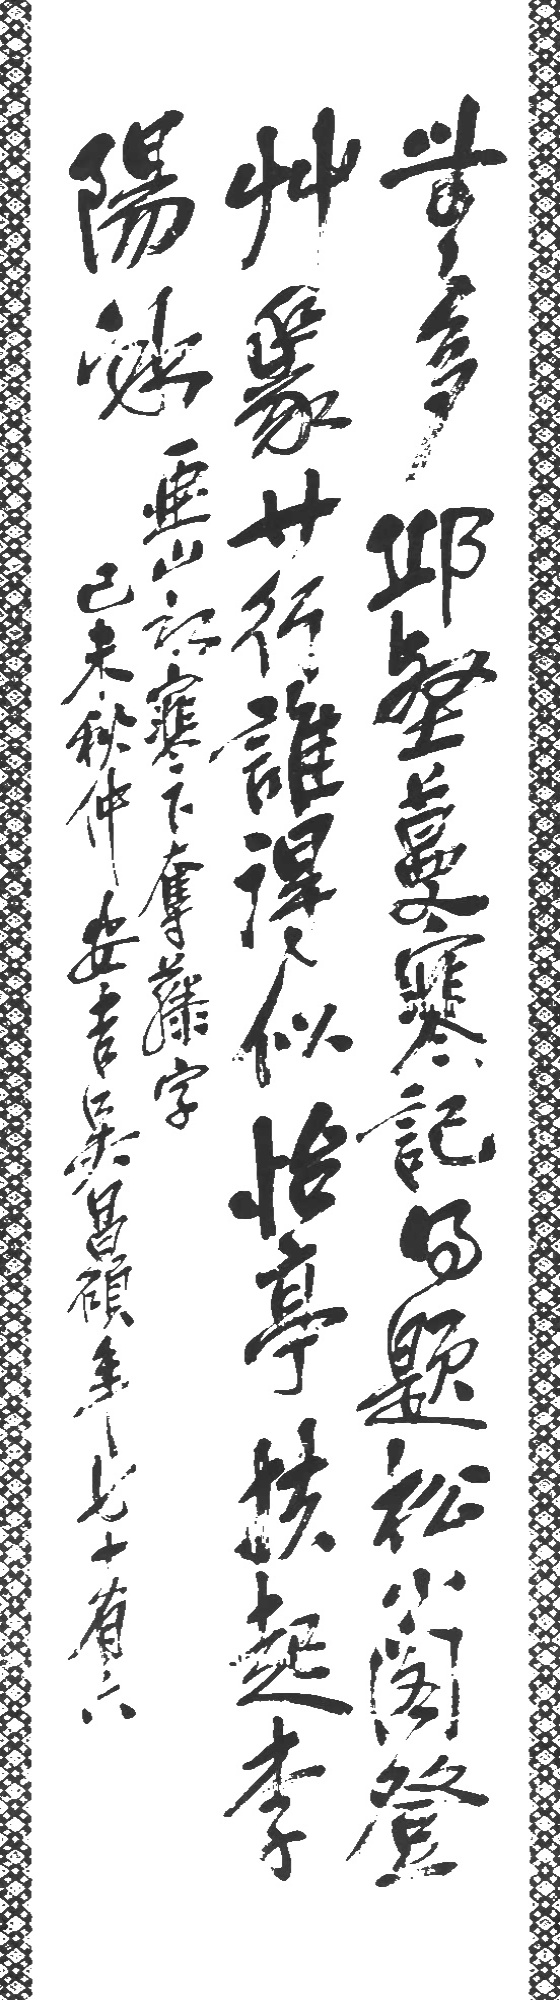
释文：无多丘壑蔓寒藤，记得题松小阁登，草篆廿行谁得似，怡亭扶起李阳冰。画山水寒下夺藤字。己未秋仲，安吉吴昌硕年七十有六。